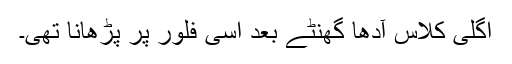
اگلی کلاس آدھا گھنٹے بعد اسی فلور پر پڑھانا تھی۔